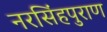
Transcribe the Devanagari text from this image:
नरसिंहपुराण